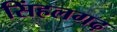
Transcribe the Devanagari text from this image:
सिंहलगढ़